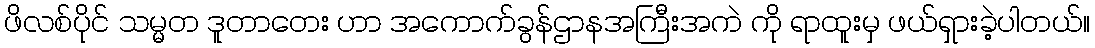
ဖိလစ်ပိုင် သမ္မတ ဒူတာတေး ဟာ အကောက်ခွန်ဌာနအကြီးအကဲ ကို ရာထူးမှ ဖယ်ရှားခဲ့ပါတယ်။